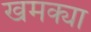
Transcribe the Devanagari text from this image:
खमक्या